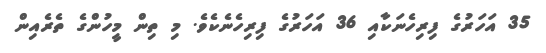
35 އަހަރުގެ ފިރިހެނަކާއި 36 އަހަރުގެ ފިރިހެނެކެވެ. މި ތިން މީހުންގެ ތެރެއިން